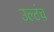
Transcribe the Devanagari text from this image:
उल्टंच